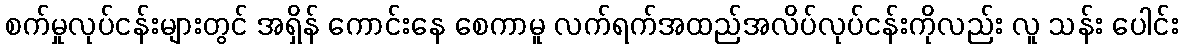
စက်မှုလုပ်ငန်းများတွင် အရှိန် ကောင်းနေ စေကာမူ လက်ရက်အထည်အလိပ်လုပ်ငန်းကိုလည်း လူ သန်း ပေါင်း